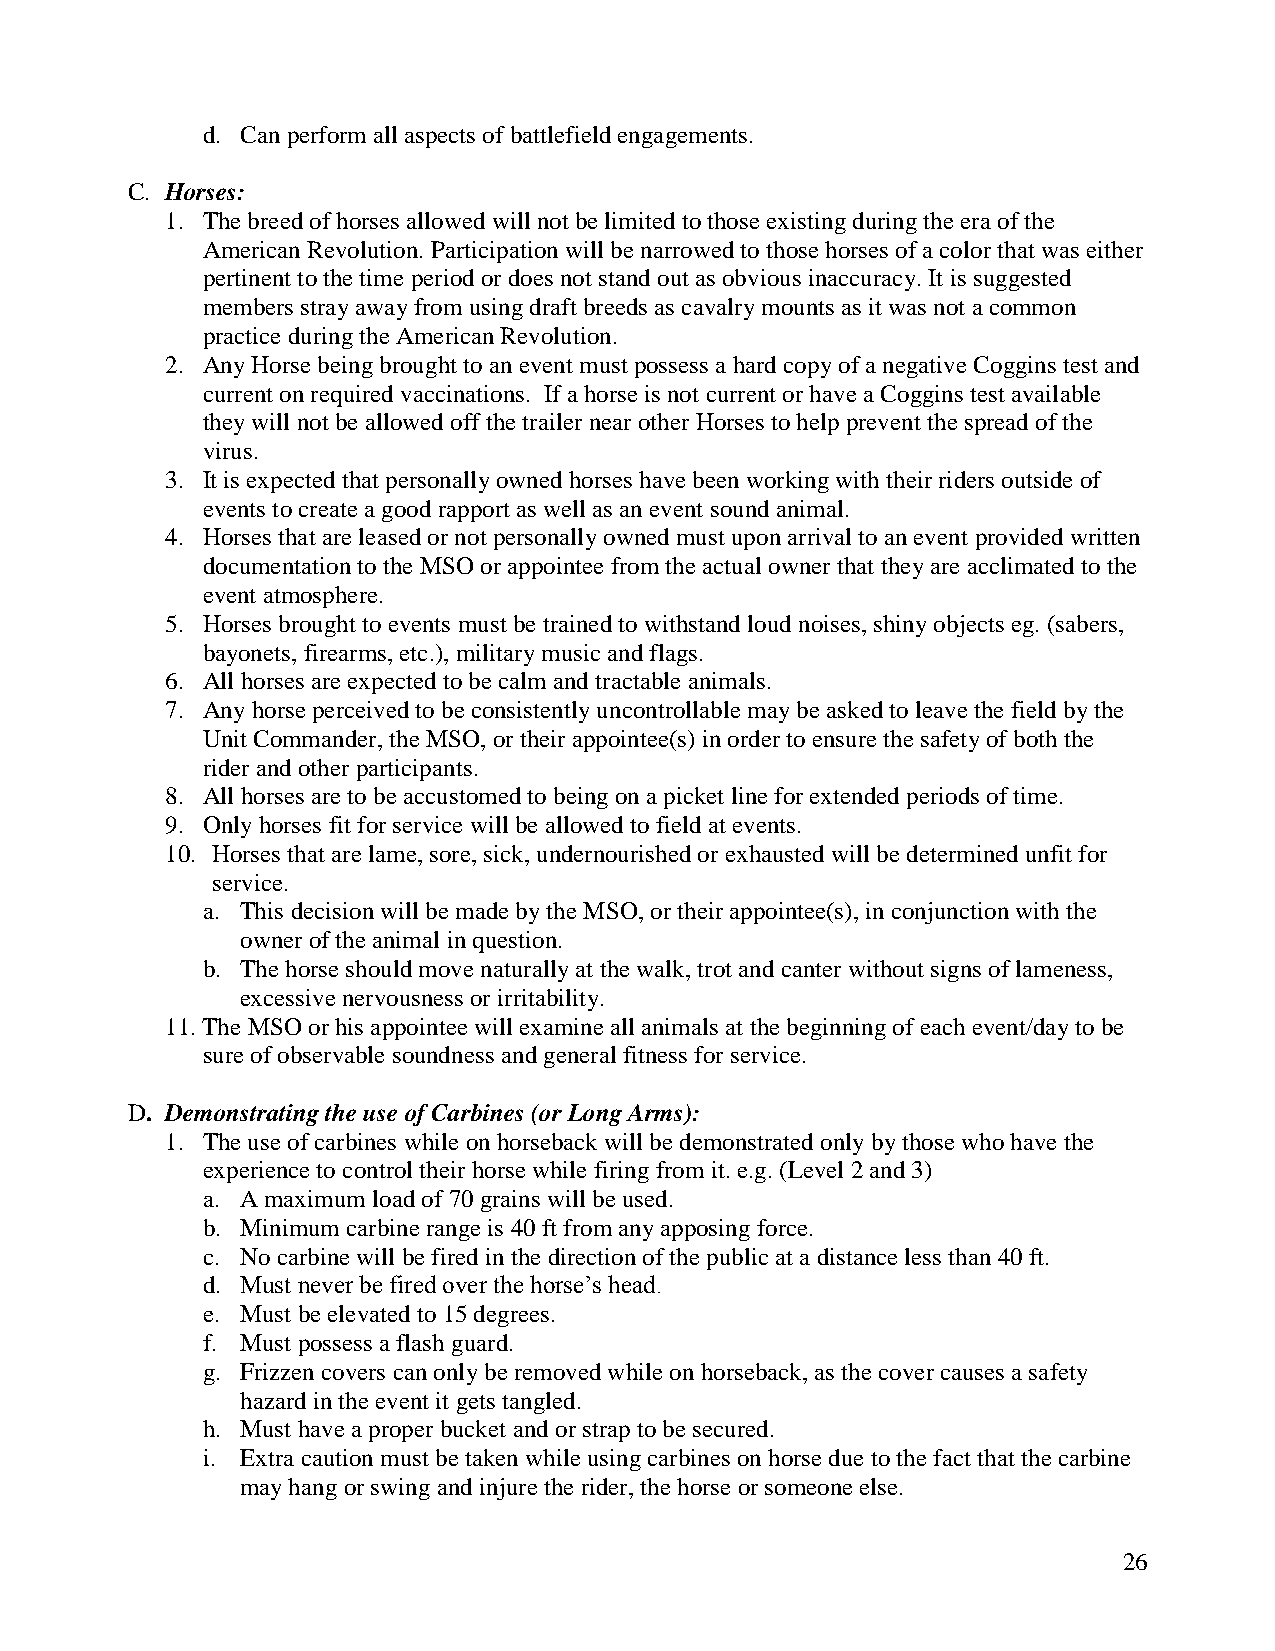
d. Can perform all aspects of battlefield engagements.
 C. Horses:
 1. The breed of horses allowed will not be limited to those existing during the era of the
 American Revolution. Participation will be narrowed to those horses of a color that was either
 pertinent to the time period or does not stand out as obvious inaccuracy. It is suggested
 members stray away from using draft breeds as cavalry mounts as it was not a common
 practice during the American Revolution.
 2. Any Horse being brought to an event must possess a hard copy of a negative Coggins test and
 current on required vaccinations. If a horse is not current or have a Coggins test available
 they will not be allowed off the trailer near other Horses to help prevent the spread of the
 virus.
 3. It is expected that personally owned horses have been working with their riders outside of
 events to create a good rapport as well as an event sound animal.
 4. Horses that are leased or not personally owned must upon arrival to an event provided written
 documentation to the MSO or appointee from the actual owner that they are acclimated to the
 event atmosphere.
 5. Horses brought to events must be trained to withstand loud noises, shiny objects eg. (sabers,
 bayonets, firearms, etc.), military music and flags.
 6. All horses are expected to be calm and tractable animals.
 7. Any horse perceived to be consistently uncontrollable may be asked to leave the field by the
 Unit Commander, the MSO, or their appointee(s) in order to ensure the safety of both the
 rider and other participants.
 8. All horses are to be accustomed to being on a picket line for extended periods of time.
 9. Only horses fit for service will be allowed to field at events.
 10. Horses that are lame, sore, sick, undernourished or exhausted will be determined unfit for
 service.
 a. This decision will be made by the MSO, or their appointee(s), in conjunction with the
 owner of the animal in question.
 b. The horse should move naturally at the walk, trot and canter without signs of lameness,
 excessive nervousness or irritability.
 11. The MSO or his appointee will examine all animals at the beginning of each event/day to be
 sure of observable soundness and general fitness for service.
 D. Demonstrating the use of Carbines (or Long Arms):
 1. The use of carbines while on horseback will be demonstrated only by those who have the
 experience to control their horse while firing from it. e.g. (Level 2 and 3)
 a. A maximum load of 70 grains will be used.
 b. Minimum carbine range is 40 ft from any apposing force.
 c. No carbine will be fired in the direction of the public at a distance less than 40 ft.
 d. Must never be fired over the horse’s head.
 e. Must be elevated to 15 degrees.
 f. Must possess a flash guard.
 g. Frizzen covers can only be removed while on horseback, as the cover causes a safety
 hazard in the event it gets tangled.
 h. Must have a proper bucket and or strap to be secured.
 i. Extra caution must be taken while using carbines on horse due to the fact that the carbine
 may hang or swing and injure the rider, the horse or someone else.
 26